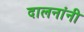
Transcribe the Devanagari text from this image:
दालनांनी